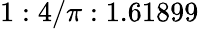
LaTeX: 1:4/\pi:1.61899